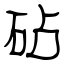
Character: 砧